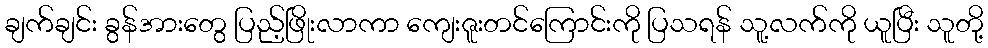
ချက်ချင်း ခွန်အားတွေ ပြည့်ဖြိုးလာကာ ကျေးဇူးတင်ကြောင်းကို ပြသရန် သူ့လက်ကို ယူပြီး သူတို့